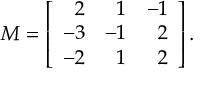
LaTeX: M = \left[ { \begin{array} { r r r } { 2 } & { 1 } & { - 1 } \\ { - 3 } & { - 1 } & { 2 } \\ { - 2 } & { 1 } & { 2 } \end{array} } \right] { \mathrm { . } }